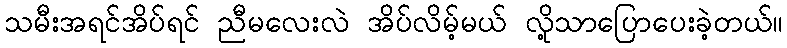
သမီးအရင်အိပ်ရင် ညီမလေးလဲ အိပ်လိမ့်မယ် လို့သာပြောပေးခဲ့တယ်။